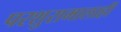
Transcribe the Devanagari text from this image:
परशुरामालाही